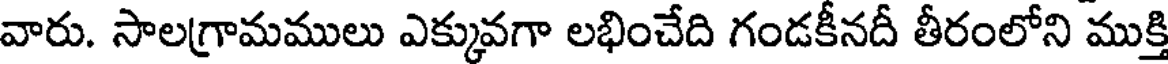
వారు. సాలగ్రామములు ఎక్కువగా లభించేది గండకీనదీ తీరంలోని ముక్తి